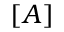
[ A ]